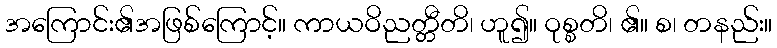
အကြောင်း၏အဖြစ်ကြောင့်။ ကာယဝိညတ္တီတိ၊ ဟူ၍။ ဝုစ္စတိ၊ ၏။ စ၊ တနည်း။